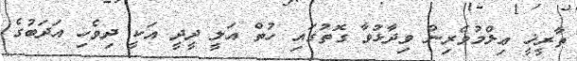
ތާރީޚީ ޢިލްމުވެރިން ވިދާޅުވާ ގޮތުގައި ހުތް އަލީ ދީދީ އަކީ ދިވެހި އަދަބުގެ